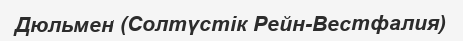
Дюльмен (Солтүстік Рейн-Вестфалия)